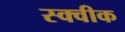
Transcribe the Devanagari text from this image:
स्क्वीक